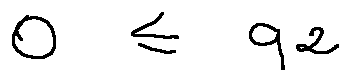
0 \leq q _ { 2 }